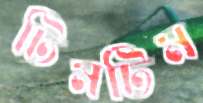
টিমটিম